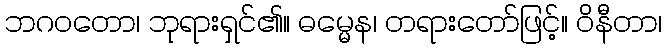
ဘဂဝတော၊ ဘုရားရှင်၏။ ဓမ္မေန၊ တရားတော်ဖြင့်။ ဝိနီတာ၊